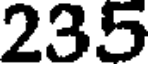
235